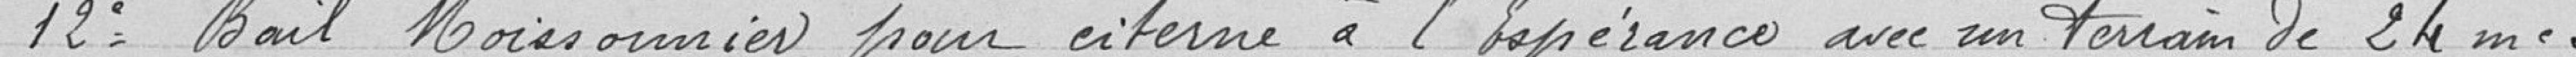
12° Bail Moissonnier pour citerne à l'Espérance pour un terrain de 24 m²